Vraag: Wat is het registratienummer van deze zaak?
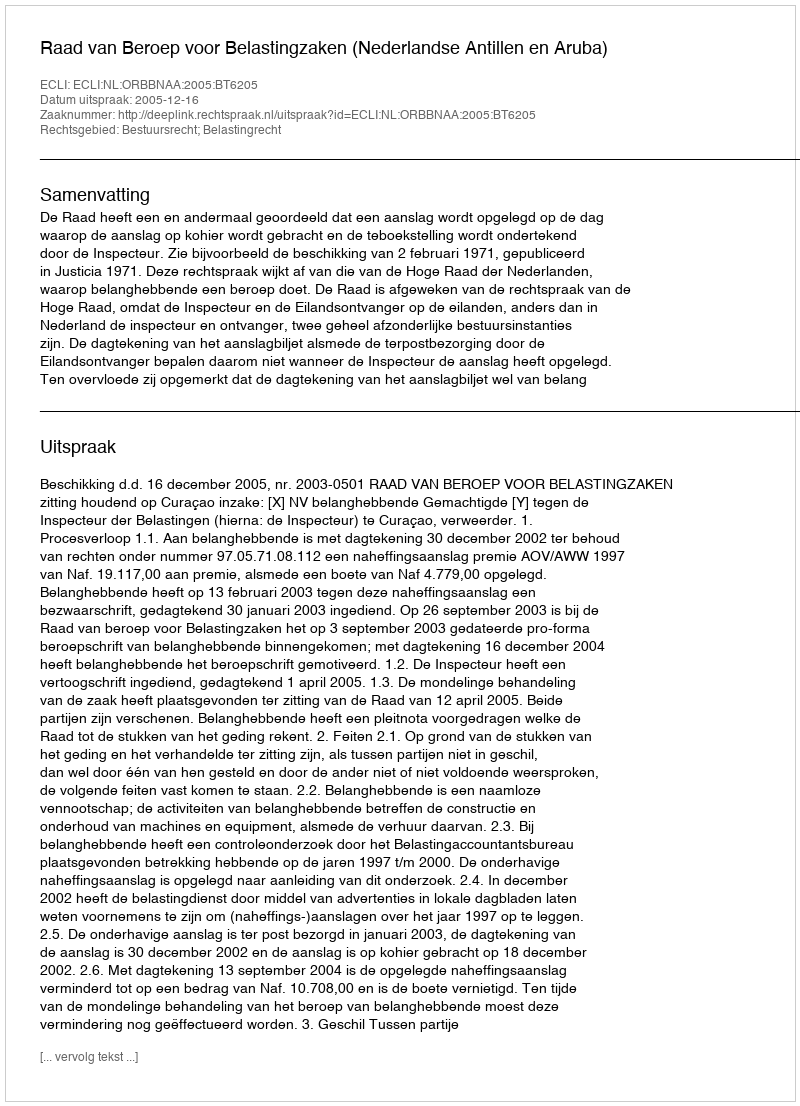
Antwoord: http://deeplink.rechtspraak.nl/uitspraak?id=ECLI:NL:ORBBNAA:2005:BT6205